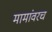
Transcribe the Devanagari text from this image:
मामांवरच